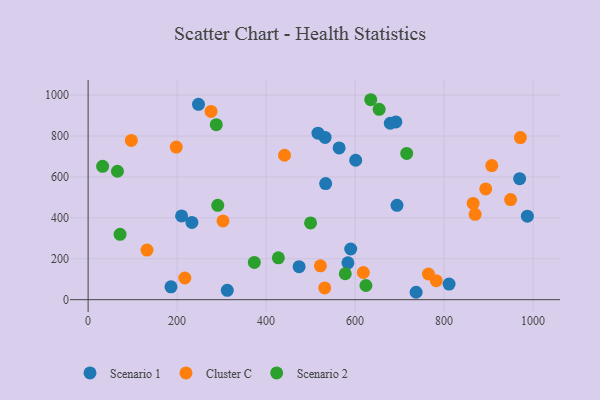
{"axis": {"x": "Speed", "y": "Sales"}, "legend": ["Cluster C", "Scenario 1", "Scenario 2"], "data": [{"x": "969.7", "y": 591.5, "type": "Scenario 1"}, {"x": "811.1", "y": 76.2, "type": "Scenario 1"}, {"x": "233.2", "y": 377.5, "type": "Scenario 1"}, {"x": "474.1", "y": 161.1, "type": "Scenario 1"}, {"x": "601.3", "y": 681.6, "type": "Scenario 1"}, {"x": "691.6", "y": 868.7, "type": "Scenario 1"}, {"x": "532.6", "y": 793.1, "type": "Scenario 1"}, {"x": "987.1", "y": 408.3, "type": "Scenario 1"}, {"x": "737.1", "y": 36.2, "type": "Scenario 1"}, {"x": "210.0", "y": 409.4, "type": "Scenario 1"}, {"x": "516.6", "y": 814.0, "type": "Scenario 1"}, {"x": "590.1", "y": 247.8, "type": "Scenario 1"}, {"x": "679.0", "y": 862.5, "type": "Scenario 1"}, {"x": "694.1", "y": 461.4, "type": "Scenario 1"}, {"x": "533.8", "y": 567.6, "type": "Scenario 1"}, {"x": "186.2", "y": 62.8, "type": "Scenario 1"}, {"x": "312.7", "y": 45.7, "type": "Scenario 1"}, {"x": "583.8", "y": 180.2, "type": "Scenario 1"}, {"x": "564.1", "y": 741.9, "type": "Scenario 1"}, {"x": "248.0", "y": 955.0, "type": "Scenario 1"}, {"x": "907.1", "y": 655.5, "type": "Cluster C"}, {"x": "782.3", "y": 93.1, "type": "Cluster C"}, {"x": "132.3", "y": 242.3, "type": "Cluster C"}, {"x": "764.7", "y": 125.6, "type": "Cluster C"}, {"x": "865.2", "y": 470.6, "type": "Cluster C"}, {"x": "893.5", "y": 541.2, "type": "Cluster C"}, {"x": "949.4", "y": 489.5, "type": "Cluster C"}, {"x": "303.1", "y": 384.9, "type": "Cluster C"}, {"x": "531.7", "y": 57.4, "type": "Cluster C"}, {"x": "522.0", "y": 165.7, "type": "Cluster C"}, {"x": "869.7", "y": 417.1, "type": "Cluster C"}, {"x": "97.1", "y": 778.3, "type": "Cluster C"}, {"x": "276.2", "y": 920.4, "type": "Cluster C"}, {"x": "618.5", "y": 132.8, "type": "Cluster C"}, {"x": "441.3", "y": 705.9, "type": "Cluster C"}, {"x": "971.4", "y": 792.4, "type": "Cluster C"}, {"x": "217.4", "y": 106.0, "type": "Cluster C"}, {"x": "198.0", "y": 746.0, "type": "Cluster C"}, {"x": "373.5", "y": 182.0, "type": "Scenario 2"}, {"x": "71.8", "y": 319.4, "type": "Scenario 2"}, {"x": "715.9", "y": 715.0, "type": "Scenario 2"}, {"x": "577.9", "y": 126.8, "type": "Scenario 2"}, {"x": "32.6", "y": 652.0, "type": "Scenario 2"}, {"x": "654.0", "y": 930.3, "type": "Scenario 2"}, {"x": "624.3", "y": 69.2, "type": "Scenario 2"}, {"x": "65.9", "y": 627.7, "type": "Scenario 2"}, {"x": "291.3", "y": 461.3, "type": "Scenario 2"}, {"x": "635.1", "y": 977.4, "type": "Scenario 2"}, {"x": "499.9", "y": 375.3, "type": "Scenario 2"}, {"x": "288.0", "y": 855.6, "type": "Scenario 2"}, {"x": "427.5", "y": 204.7, "type": "Scenario 2"}]}